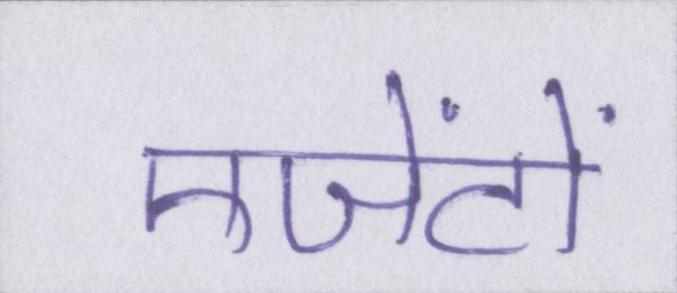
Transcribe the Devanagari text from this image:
एजेंटों